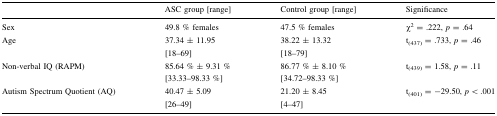
|  | ASC group [range] | Control group [range] | Significance |
 | --- | --- | --- | --- |
 | Sex | 49.8 % females | 47.5 % females | χ2 = .222, p = .64 |
 | Age | 37.34 ± 11.95[18–69] | 38.22 ± 13.32[18–79] | t(437) = .733, p = .46 |
 | Non-verbal IQ (RAPM) | 85.64 % ± 9.31 %[33.33–98.33 %] | 86.77 % ± 8.10 %[34.72–98.33 %] | t(439) = 1.58, p = .11 |
 | Autism Spectrum Quotient (AQ) | 40.47 ± 5.09[26–49] | 21.20 ± 8.45[4–47] | t(401) = −29.50, p < .001 |